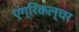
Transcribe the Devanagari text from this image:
एग्रिकल्चर